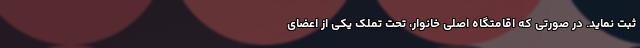
ثبت نماید. در صورتی که اقامتگاه اصلی خانوار، تحت تملک یکی از اعضای